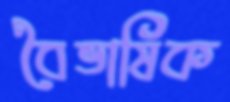
বৈভাষিক